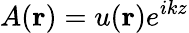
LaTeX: A(\mathbf{r})=u(\mathbf{r})e^{ikz}